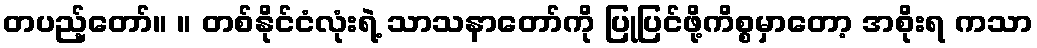
တပည့်တော်။ ။ တစ်နိုင်ငံလုံးရဲ့ သာသနာတော်ကို ပြုပြင်ဖို့ကိစ္စမှာတော့ အစိုးရ ကသာ